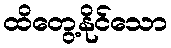
ထိတွေ့နိုင်သော